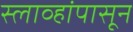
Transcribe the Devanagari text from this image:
स्लाव्हांपासून